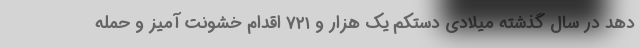
دهد در سال گذشته میلادی دستکم یک هزار و ۷۲۱ اقدام خشونت آمیز و حمله